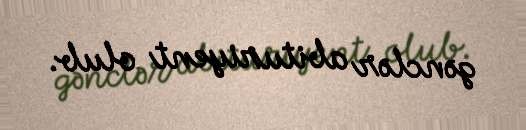
gənclər abituriyent olub.